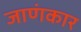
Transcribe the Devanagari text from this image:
जाणंकार